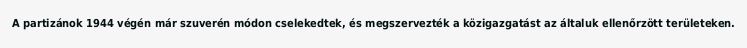
A partizánok 1944 végén már szuverén módon cselekedtek, és megszervezték a közigazgatást az általuk ellenőrzött területeken.